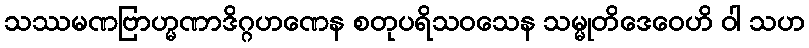
သဿမဏဗြာဟ္မဏာဒိဂ္ဂဟဏေန စတုပရိသဝသေန သမ္မုတိဒေဝေဟိ ဝါ သဟ